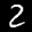
Label: 2